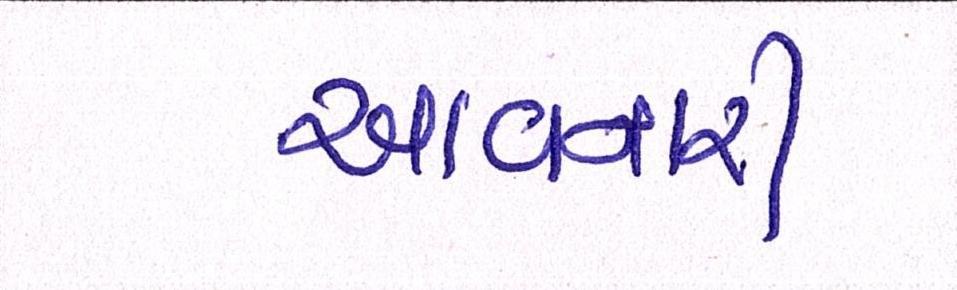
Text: આવનારી